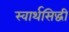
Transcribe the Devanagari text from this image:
स्वार्थसिद्धी